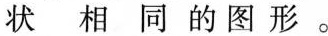
状相同的图形。